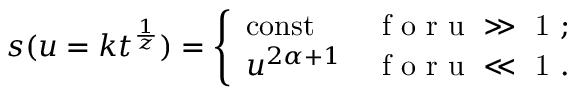
s ( u = k t ^ { \frac { 1 } { z } } ) = \left\{ \begin{array} { l l } { \mathrm { c o n s t } } & { \mathrm { ~ f ~ o ~ r ~ u ~ \gg ~ 1 ~ } ; } \\ { u ^ { 2 \alpha + 1 } } & { \mathrm { ~ f ~ o ~ r ~ u ~ \ll ~ 1 ~ } . } \end{array} \right.